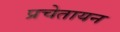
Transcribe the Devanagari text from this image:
प्रचेतायन